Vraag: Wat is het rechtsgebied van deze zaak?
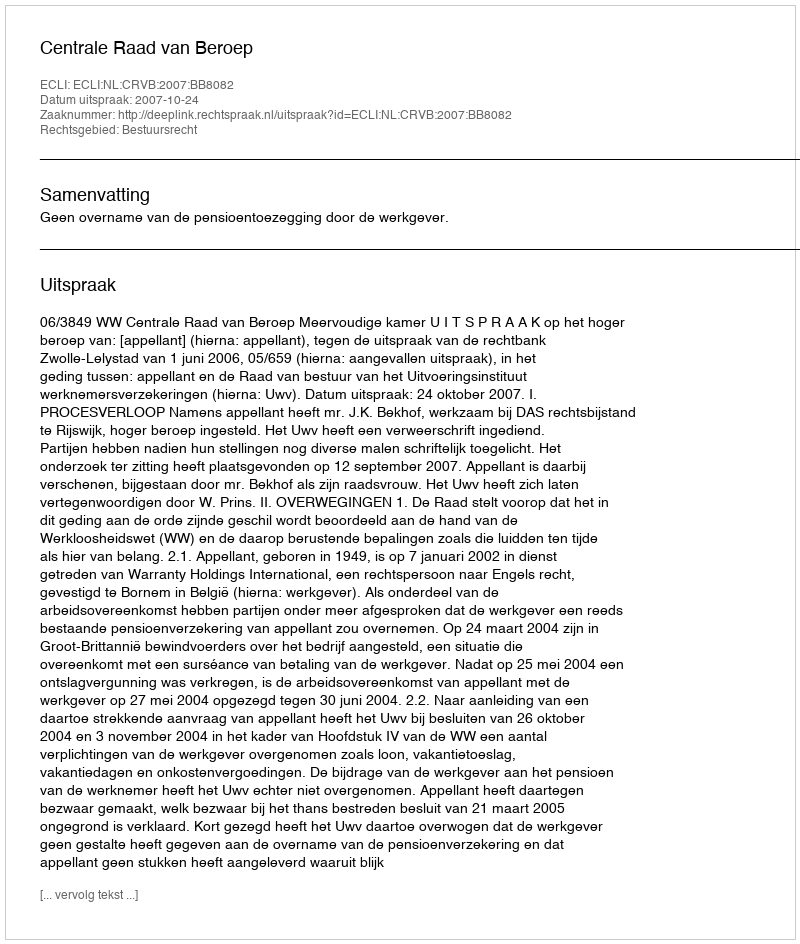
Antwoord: Bestuursrecht